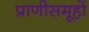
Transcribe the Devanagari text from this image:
प्राणीसमूहों